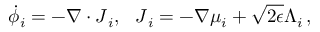
\dot { \phi } _ { i } = - \nabla \cdot \boldsymbol { J } _ { i } , ~ ~ \boldsymbol { J } _ { i } = - \nabla \mu _ { i } + \sqrt { 2 \epsilon } \boldsymbol { \Lambda } _ { i } \, ,